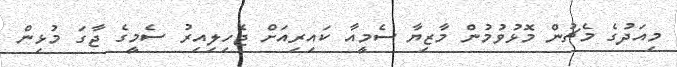
މިއަދުގެ މެޗުން މޮޅުވުމުން މާޒިޔާ ސެމީއާ ކައިރިއަށް ޖެހިލިއިރު ސެމީގެ ޖާގަ މުޅިން